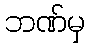
ဘဏ်မှ